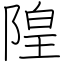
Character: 隍